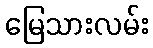
မြေသားလမ်း